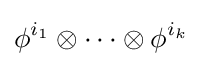
\phi ^{i_{1}}\otimes \cdots \otimes \phi ^{i_{k}}